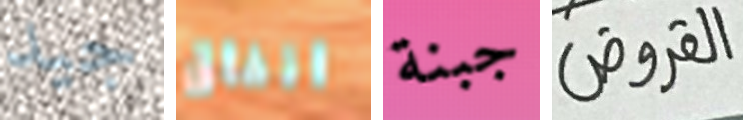
جيد انفاق جبنة القروض